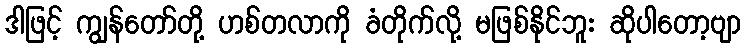
ဒါဖြင့် ကျွန်တော်တို့ ဟစ်တလာကို ခံတိုက်လို့ မဖြစ်နိုင်ဘူး ဆိုပါတော့ဗျာ